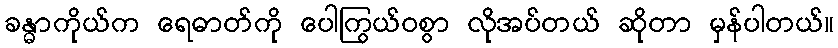
ခန္ဓာကိုယ်က ရေဓာတ်ကို ပေါကြွယ်ဝစွာ လိုအပ်တယ် ဆိုတာ မှန်ပါတယ်။